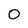
Character: O